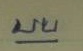
บน